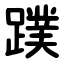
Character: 蹼